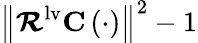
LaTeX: \left\| \mathbfcal{R}^{\mathrm{{lv}}}\mathbf{C}\left(\cdot\right)\right\| ^{2}-1